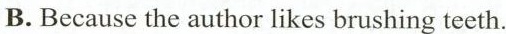
B.Because the author likes brushing teeth.